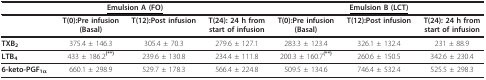
| <COLSPAN=4> <underline>Emulsion A (FO)</underline> | <COLSPAN=3> <underline>Emulsion B (LCT)</underline> |
 | --- | --- | --- | --- | --- | --- | --- |
 |  | T(0):Pre infusion(Basal) | T(12):Post infusion | T(24): 24 h from start of infusion | T(0):Pre infusion(Basal) | T(12):Post infusion | T(24): 24 h from start of infusion |
 | TXB2 | 375.4 ± 146.3 | 305.4 ± 70.3 | 279.6 ± 127.1 | 283.3 ± 123.4 | 326.1 ± 132.4 | 231 ± 88.9 |
 | LTB4 | 433 ± 186.2(**) | 239.6 ± 130.8 | 234.4 ± 111.8 | 200.3 ± 160.7(**) | 260.6 ± 150.5 | 342.6 ± 230.4 |
 | 6-keto-PGF1α | 660.1 ± 298.9 | 529.7 ± 178.3 | 566.4 ± 224.8 | 509.5 ± 134.6 | 746.4 ± 532.4 | 525.5 ± 298.3 |